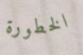
الخطورة